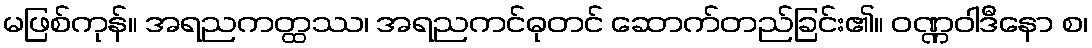
မဖြစ်ကုန်။ အရညကတ္ထဿ၊ အရညကင်ဓုတင် ဆောက်တည်ခြင်း၏။ ဝဏ္ဏဝါဒီနော စ၊